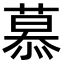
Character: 慕